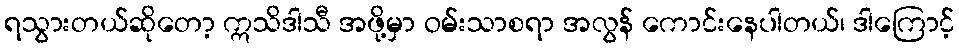
ရသွားတယ်ဆိုတော့ ဣသိဒါသီ အဖို့မှာ ဝမ်းသာစရာ အလွန် ကောင်းနေပါတယ်၊ ဒါကြောင့်